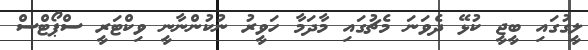
ލީގުގައި ބީޖީ ކުޅޭ ދެވަނަ މެޗުގައި މާދަމާ ހަވީރު ނުކުންނާނީ ވިކްޓަރީ ސްޕޯޓްސް